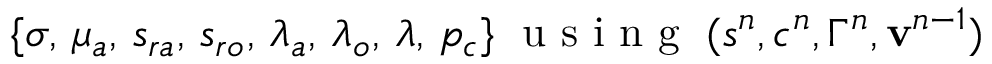
\{ \sigma , \, \mu _ { a } , \, s _ { r a } , \, s _ { r o } , \, \ensuremath { \lambda } _ { a } , \, \ensuremath { \lambda } _ { o } , \, \ensuremath { \lambda } , \, p _ { c } \} \; \mathrm { ~ u ~ s ~ i ~ n ~ g ~ } \; ( s ^ { n } , c ^ { n } , \Gamma ^ { n } , { \bf v } ^ { n - 1 } )